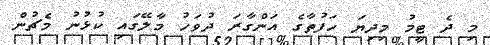
މި ދެ ޓީމު މިދިޔަ ހަފުތާގެ އަންގާރަ ދުވަހު މާލޭގައި ކުޅުނު މެޗުން